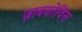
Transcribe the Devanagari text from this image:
ज़ाबकोविस